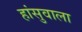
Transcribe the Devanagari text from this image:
हांसुवाला